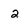
Character: 2